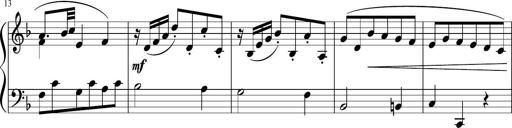
Title: 12 Keyboard Sonatinas
Composer: James Hook